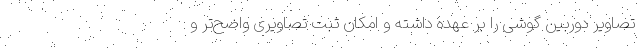
تصاویر دوربین گوشی را بر عهده داشته و امکان ثبت تصاویری واضح‌تر و